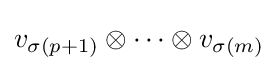
v_{\sigma (p+1)}\otimes \dots \otimes v_{\sigma (m)}